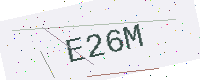
Text: E26M